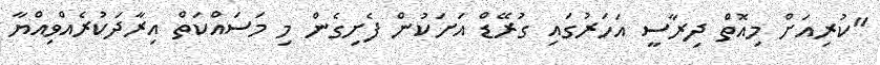
"ކުރިއަށް މިއޮތް ދިރާސީ އަހަރުގައި ގުރޭޑް އަށަކުން ފެށިގެން މި މަސައްކަތް އިރާދަކުރެއްވިއްޔާ